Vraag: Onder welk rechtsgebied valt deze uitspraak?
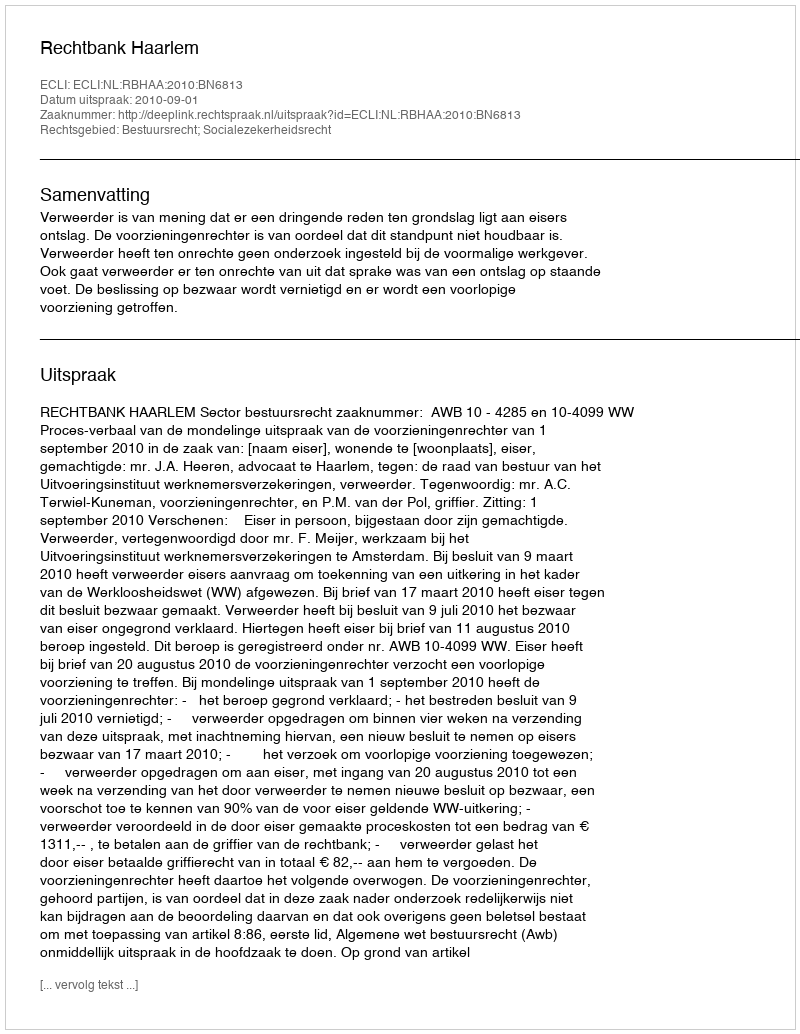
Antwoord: Bestuursrecht; Socialezekerheidsrecht